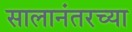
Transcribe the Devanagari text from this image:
सालानंतरच्या